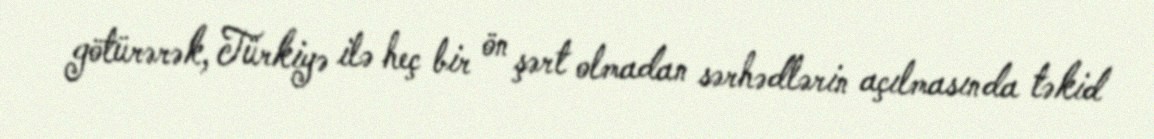
götürərək, Türkiyə ilə heç bir ön şərt olmadan sərhədlərin açılmasında təkid